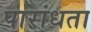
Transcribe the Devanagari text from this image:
पारांधता